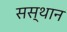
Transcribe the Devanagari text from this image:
सस्थान